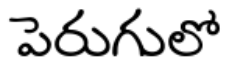
పెరుగులో